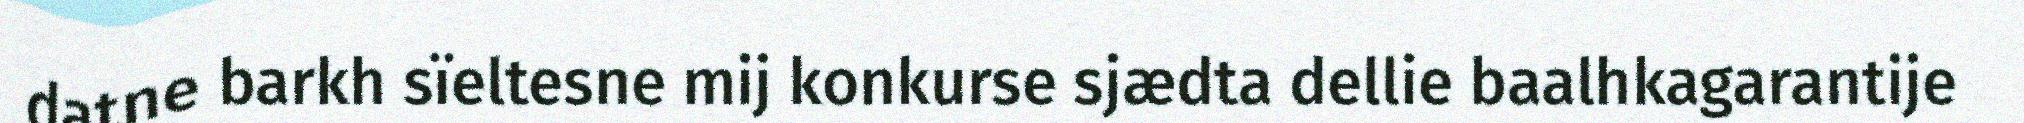
datne barkh sïeltesne mij konkurse sjædta dellie baalhkagarantije